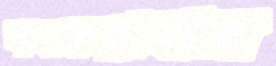
বদরুন্নাহার